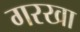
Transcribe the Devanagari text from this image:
गरखा